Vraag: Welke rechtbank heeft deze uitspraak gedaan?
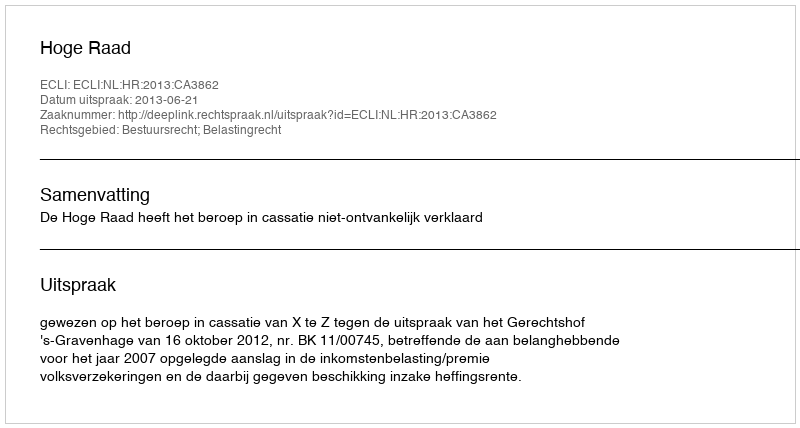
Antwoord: Hoge Raad